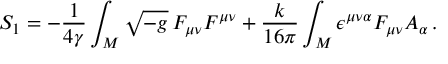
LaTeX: S _ { 1 } = - \frac { 1 } { 4 \gamma } \int _ { \cal M } \sqrt { - g } \, F _ { \mu \nu } F ^ { \mu \nu } + \frac { k } { 1 6 \pi } \int _ { \cal M } \epsilon ^ { \mu \nu \alpha } F _ { \mu \nu } A _ { \alpha } \, .